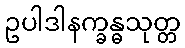
ဥပါဒါနက္ခန္ဓသုတ္တ